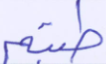
طبتم